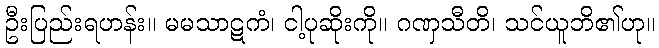
ဦးပြည်းရဟန်း။ မမသာဋကံ၊ ငါ့ပုဆိုးကို။ ဂဏှသီတိ၊ သင်ယူဘိ၏ဟု။